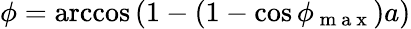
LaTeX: \phi=\operatorname{arccos}\left(1-(1-\cos\phi_{\mathrm{~m~a~x~}})a\right)